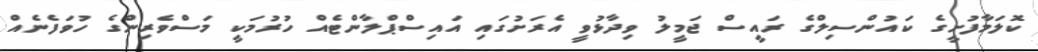
ކޮލަމާފުށީގެ ކައުންސިލްގެ ރައީސް ޖަމީލު ވިދާޅުވީ އެރަށުގައި އައިސްޕްލާންޓެއް ހުރުމަކީ މަސްވެރިންގެ ހުވަފެނެއް